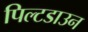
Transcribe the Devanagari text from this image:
पिल्टडाउन